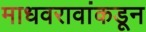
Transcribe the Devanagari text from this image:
माधवरावांकडून